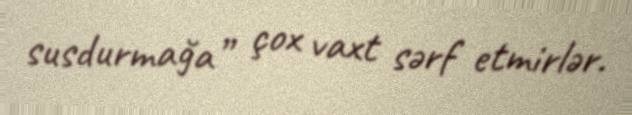
susdurmağa” çox vaxt sərf etmirlər.